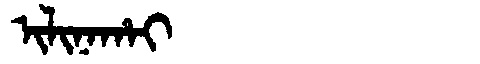
Manchu: ᡳᠯᡳᠨᠠᡥᠠᡳ
Romanization: ILINAHAI